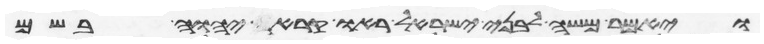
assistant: ויאמר משה לבני ישראל ראו קרא יהוה בשם